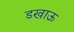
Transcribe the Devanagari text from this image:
डखाऊ